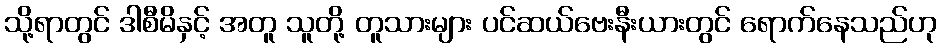
သို့ရာတွင် ဒါစီမိနှင့် အတူ သူတို့ တူသားများ ပင်ဆယ်ဗေးနီးယားတွင် ရောက်နေသည်ဟု